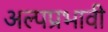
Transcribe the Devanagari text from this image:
अल्पप्रभावी